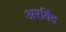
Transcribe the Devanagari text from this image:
अरविंद